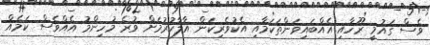
ވެސް ގައުމީ ރޫހާއި އެއްބައިވަންތަކަމާއި އެކުވެރިކަން އާލާކުރުމަށް ވުރެ މުހިންމު އެއްވެސް ކަމެއް